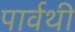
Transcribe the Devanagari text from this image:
पार्वथी